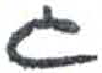
אות: ג